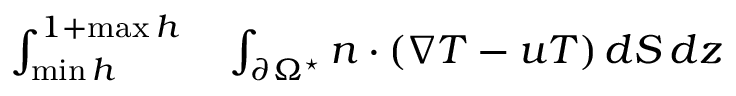
\begin{array} { r l } { \int _ { \operatorname* { m i n } h } ^ { 1 + \operatorname* { m a x } h } } & { { } \int _ { \partial \Omega ^ { \star } } n \cdot ( \nabla T - u T ) \, d S \, d z } \end{array}